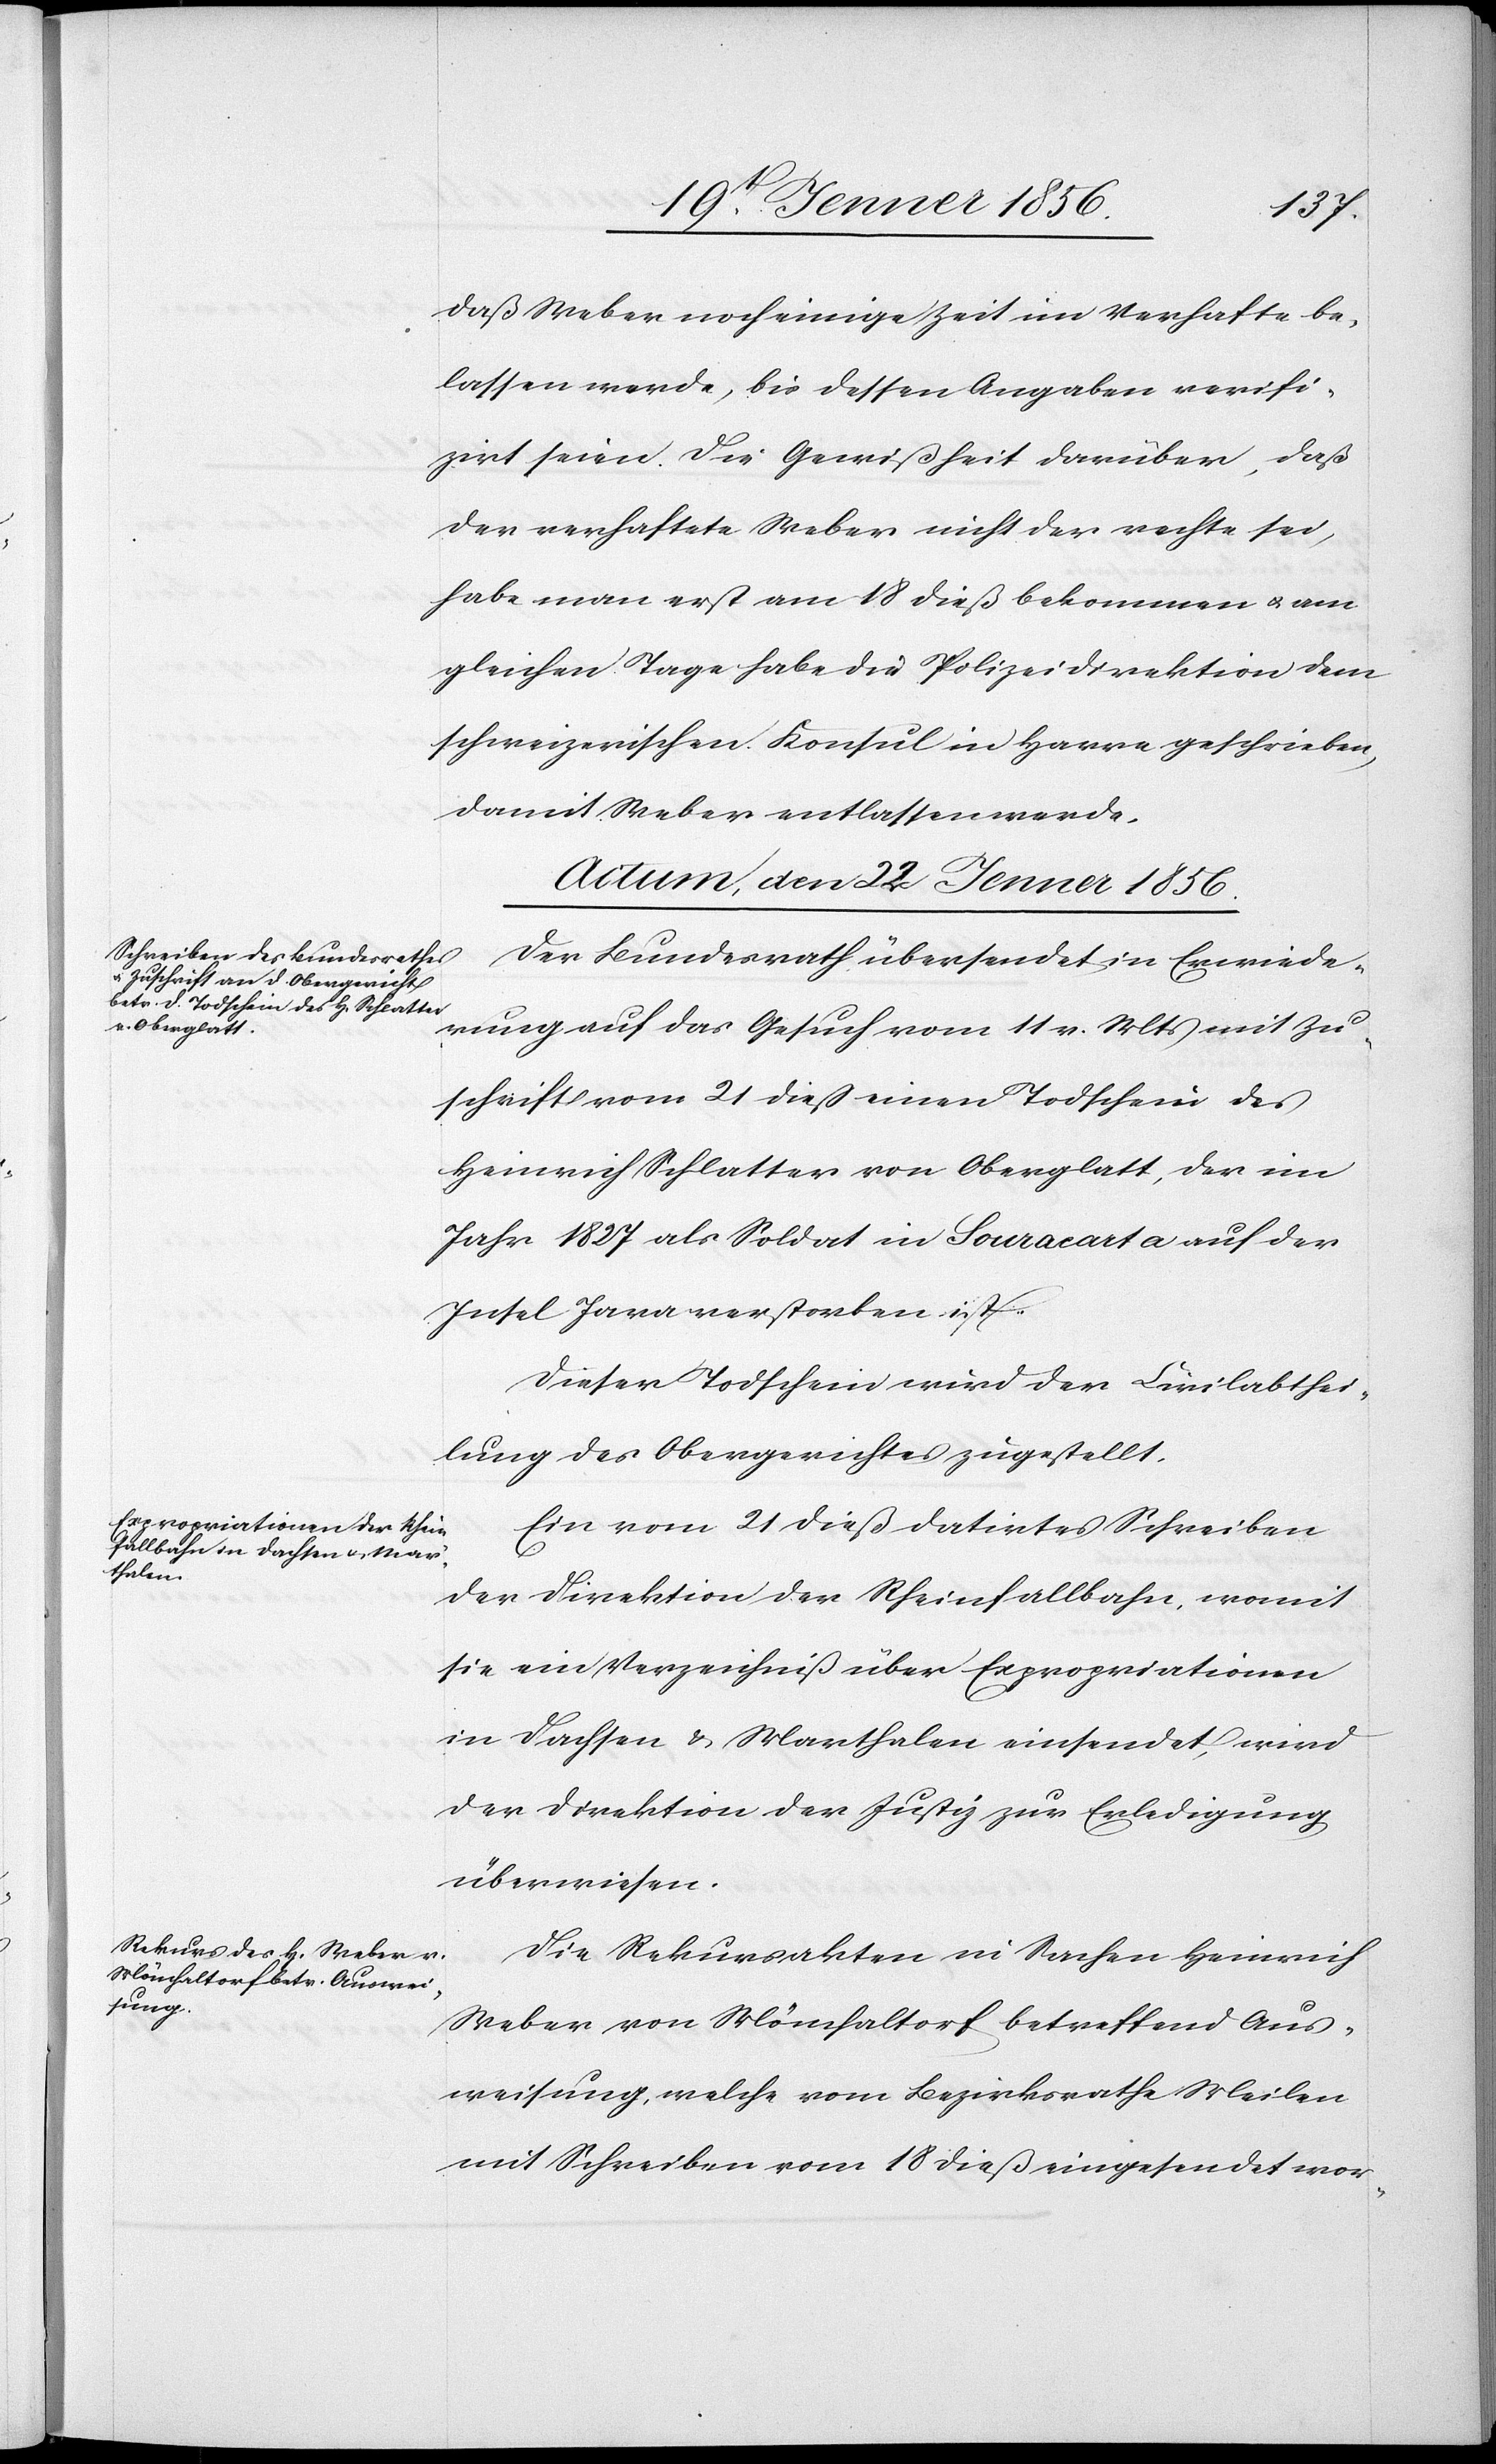
daß Weber noch einige Zeit im Verhafte be¬
lassen werde, bis dessen Angaben verifi¬
zirt seien. Die Gewißheit darüber, daß
der verhaftete Weber nicht der rechte sei,
habe man erst am 18 dieß bekommen u. am
gleichen Tage habe die Polizeidirektion dem
schweizerischen Konsul in Havre geschrieben,
damit Weber entlassen werde.
Actum, den 22 Jenner 1856.]
Der Bundesrath übersendet in Erwiede¬
rung auf das Gesuch vom 11 v. Mts mit Zu¬
schrift vom 21 dieß einen Todschein des
Heinrich Schlatter von Oberglatt, der im
Jahr 1827 als Soldat in Souracarta auf der
Insel Java verstorben ist.
Dieser Todschein wird der Civilabthei¬
lung des Obergerichtes zugestellt.
Ein vom 21 dieß datirtes Schreiben
der Direktion der Rheinfallbahn, womit
sie ein Verzeichniß über Expropriationen
in Dachsen u. Marthalen einsendet, wird
der Direktion der Justiz zur Erledigung
überwiesen.
Die Rekursakten in Sachen Heinrich
Weber von Mönchaltorf betreffend Aus¬
weisung, welche vom Bezirksrathe Meilen
mit Schreiben vom 18 dieß eingesendet word-